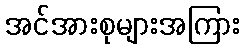
အင်အားစုများအကြား